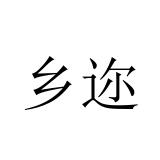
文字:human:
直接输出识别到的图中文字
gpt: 乡迩